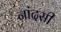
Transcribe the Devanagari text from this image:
नांदसी